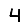
Digit: 4